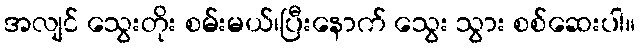
အလျင် သွေးတိုး စမ်းမယ်၊ပြီးနောက် သွေး သွား စစ်ဆေးပါ။